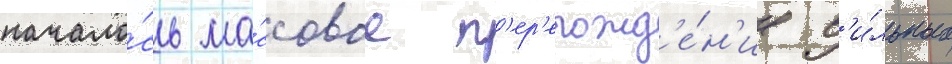
начало́сь ма́ссовое п'ер'ерожд'е́н'ие с'и́льных